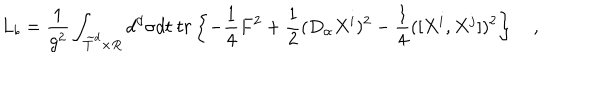
L _ { b } = { \frac { 1 } { g ^ { 2 } } } \int _ { \widetilde { T } ^ { d } \times R } d ^ { d } \sigma d t \ t r \left\{ - { \frac { 1 } { 4 } } F ^ { 2 } + { \frac { 1 } { 2 } } ( D _ { \alpha } X ^ { i } ) ^ { 2 } - { \frac { 1 } { 4 } } ( [ X ^ { i } , X ^ { j } ] ) ^ { 2 } \right\} \quad ,